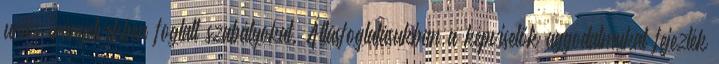
uniós irányelvekben foglalt szabályokat. Állásfoglalásukban a képviselők aggodalmukat fejezték